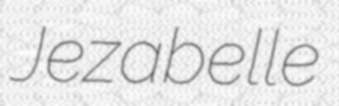
Jezabelle